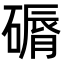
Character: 磭